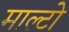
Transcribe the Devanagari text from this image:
माल्टो